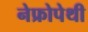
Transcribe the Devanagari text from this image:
नेफ्रोपेथी